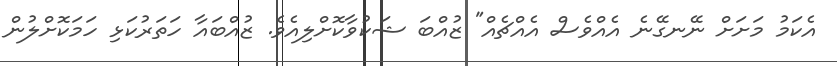
އެކަމު މަށަށް ނޭނގޭނެ އެއްވެސް އެއްޗެއް" ޒުއްބަ ޝަކުވާކޮށްލިއެވެ. ޒުއްބައާ ހަތަރުކަޅި ހަމަކޮށްލުން